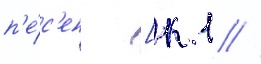
п'е́с'ен [к 1 //